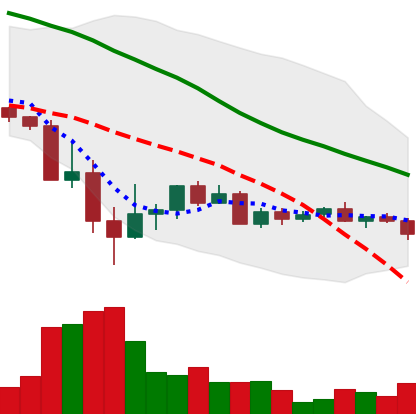
Ticker: ADA-USD
Chart end date: 2022-05-26
Forward return: 30.022%
Label: up_7plus